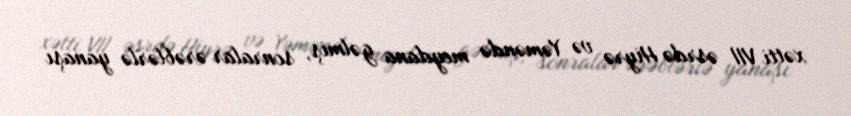
xətti VII əsrdə Hiyrə və Yəməndə meydana gəlmiş, sonralar ərəblərlə yanaşı